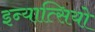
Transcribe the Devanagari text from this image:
इन्यात्सियो